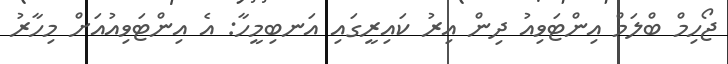
ޖޯހިމް ބްލަމް އިންޓަވިއު ދިން އިރު ކައިރީގައި އަނބިމީހާ: އެ އިންޓަވިއުއަށް މިހާރު